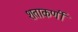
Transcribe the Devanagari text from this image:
शताकर्णी